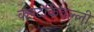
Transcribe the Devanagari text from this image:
कण्टकिवल्ली